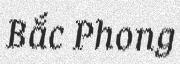
Bắc Phong